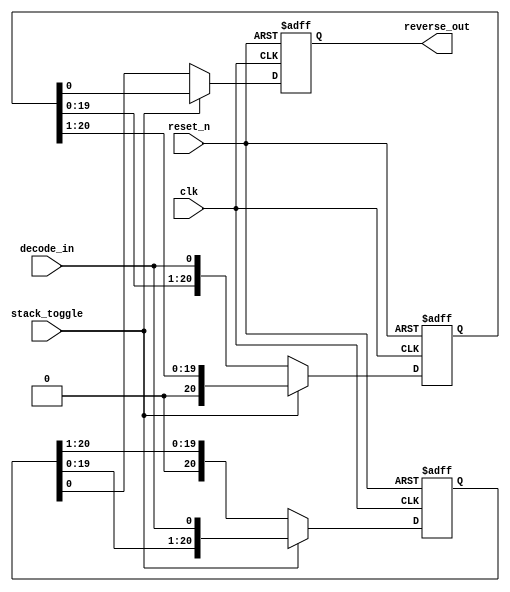
//---------------------------------
// Reverse Stack for viterbi decoder
// EESM518 final project
// Cheng Wai Kin
// Lo Hon Yik
//---------------------------------
module RSTK(
		clk,
		reset_n,
		stack_toggle,
		decode_in,
		reverse_out);

input		clk;
input		reset_n;
input		stack_toggle;
input		decode_in;
output		reverse_out;


reg [20:0] stack0;
reg [20:0] stack1;
reg reverse_out;

always @ (posedge clk or negedge reset_n) begin
	if (~reset_n) begin
		stack0 <= 0;
		stack1 <= 0;
		reverse_out <= 0;
	end else begin
		if (stack_toggle) begin
			stack0 <= {stack0[19:0],decode_in};
			stack1 <= {1'b0,stack1[20:1]};
			reverse_out <= stack1[0];
		end 
		else begin
			stack1 <= {stack1[19:0],decode_in};
			stack0 <= {1'b0,stack0[20:1]};
			reverse_out <= stack0[0];
		end
	end
end

endmodule